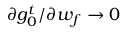
\partial g _ { 0 } ^ { t } / \partial w _ { f } \rightarrow 0